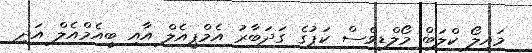
މައިލޯ ކްލަބް މޯލްޑިވްސް ކަޕުގެ ގަދަބާރު އެމްޕީއެލް އާއި ބީއެމްއެލް އަދި